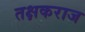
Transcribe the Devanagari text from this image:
तक्षकराज